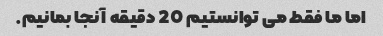
اما ما فقط می توانستیم 20 دقیقه آنجا بمانیم.